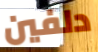
دلفين